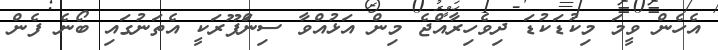
އެހެން ވީމަ މިކުޑަކުޑަ ދިވެހިރާއްޖެ މިން އަޅުއްވާ ސިންަޕޫރަކީ އެތަނުގަައި ބޯނެ ފެން